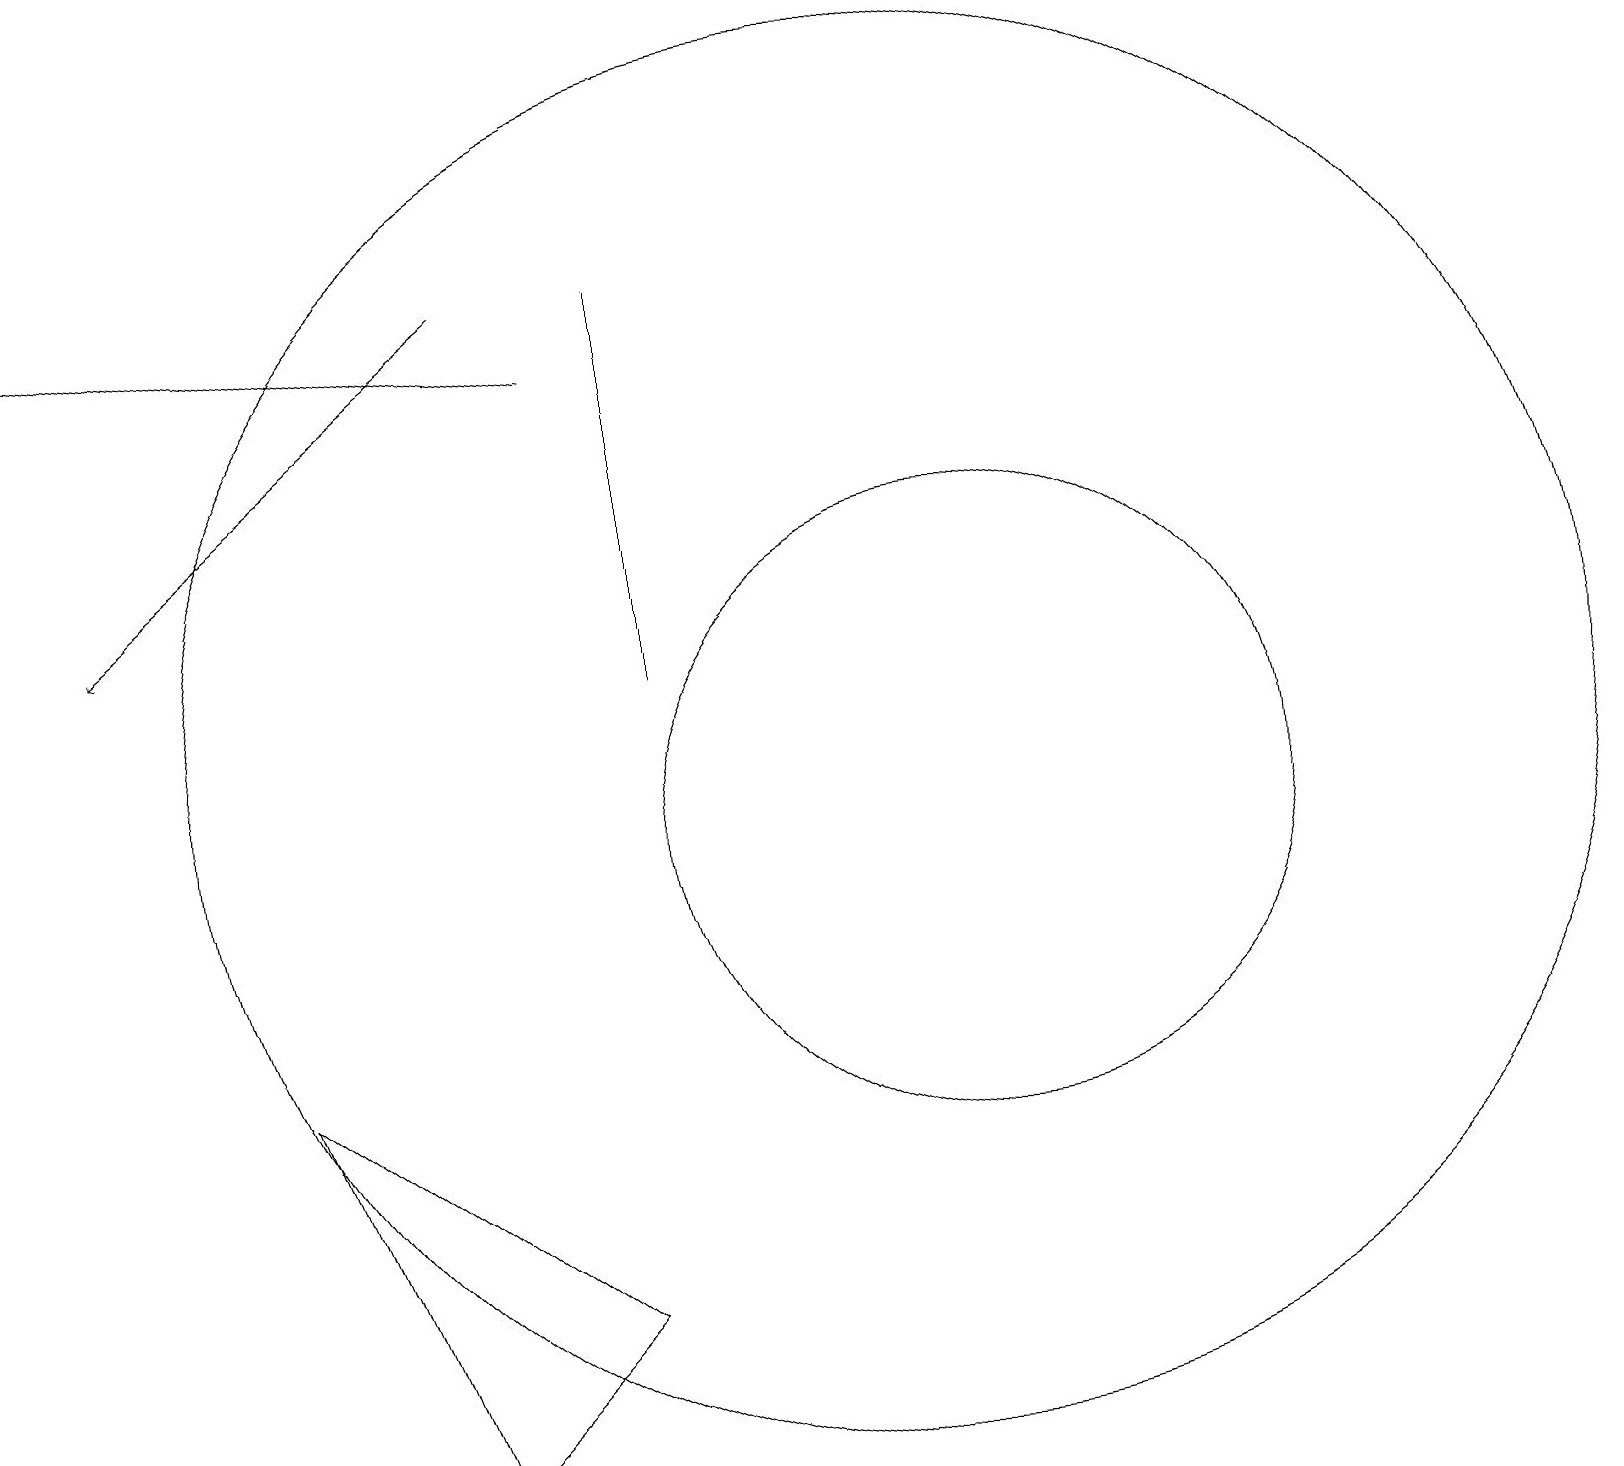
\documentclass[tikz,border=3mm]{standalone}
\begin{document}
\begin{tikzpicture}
\draw (3,8) -- (5,3) -- (7,5) -- cycle;
\draw (12,11) circle (0);
\draw[->] (6,18) -- (1,14);
\draw (11,12) circle (9);
\draw[->] (7,17) -- (0,18);
\draw (8,18) rectangle (8,13);
\draw (12,11) circle (4);
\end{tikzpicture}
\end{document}